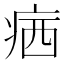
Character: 𤶈